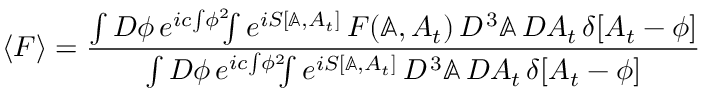
\langle F \rangle = { \frac { \int { \cal D } \phi \, e ^ { i c \! \int \! \phi ^ { 2 } } \! \! \! \int e ^ { i S [ \mathbb { A } , A _ { t } ] } \, F ( \mathbb { A } , A _ { t } ) \, { \cal D } ^ { \, 3 } \mathbb { A } \, { \cal D } A _ { t } \, \delta [ A _ { t } - \phi ] } { \int { \cal D } \phi \, e ^ { i c \! \int \! \phi ^ { 2 } } \! \! \! \int e ^ { i S [ \mathbb { A } , A _ { t } ] } \, { \cal D } ^ { \, 3 } \mathbb { A } \, { \cal D } A _ { t } \, \delta [ A _ { t } - \phi ] } }